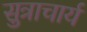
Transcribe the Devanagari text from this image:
सुत्राचार्य